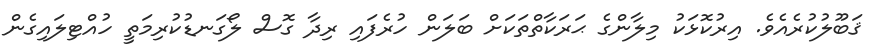
ޤަބޫލުކުރެއެވެ. އިރުކޮޅަކު މިލާންގެ ޙަރަކާތްތަކަށް ބަލަން ހުރެފައި ރިދާ ގޮސް ލޯގަނޑުކުރިމަތީ ހުއްޓިލައިގެން